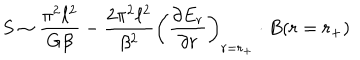
S \sim \frac { \pi ^ { 2 } \ell ^ { 2 } } { G \beta } - \frac { 2 \pi ^ { 2 } \ell ^ { 2 } } { \beta ^ { 2 } } \left( \frac { \partial E _ { r } } { \partial r } \right) _ { r = r _ { + } } \cdot B ( r = r _ { + } )